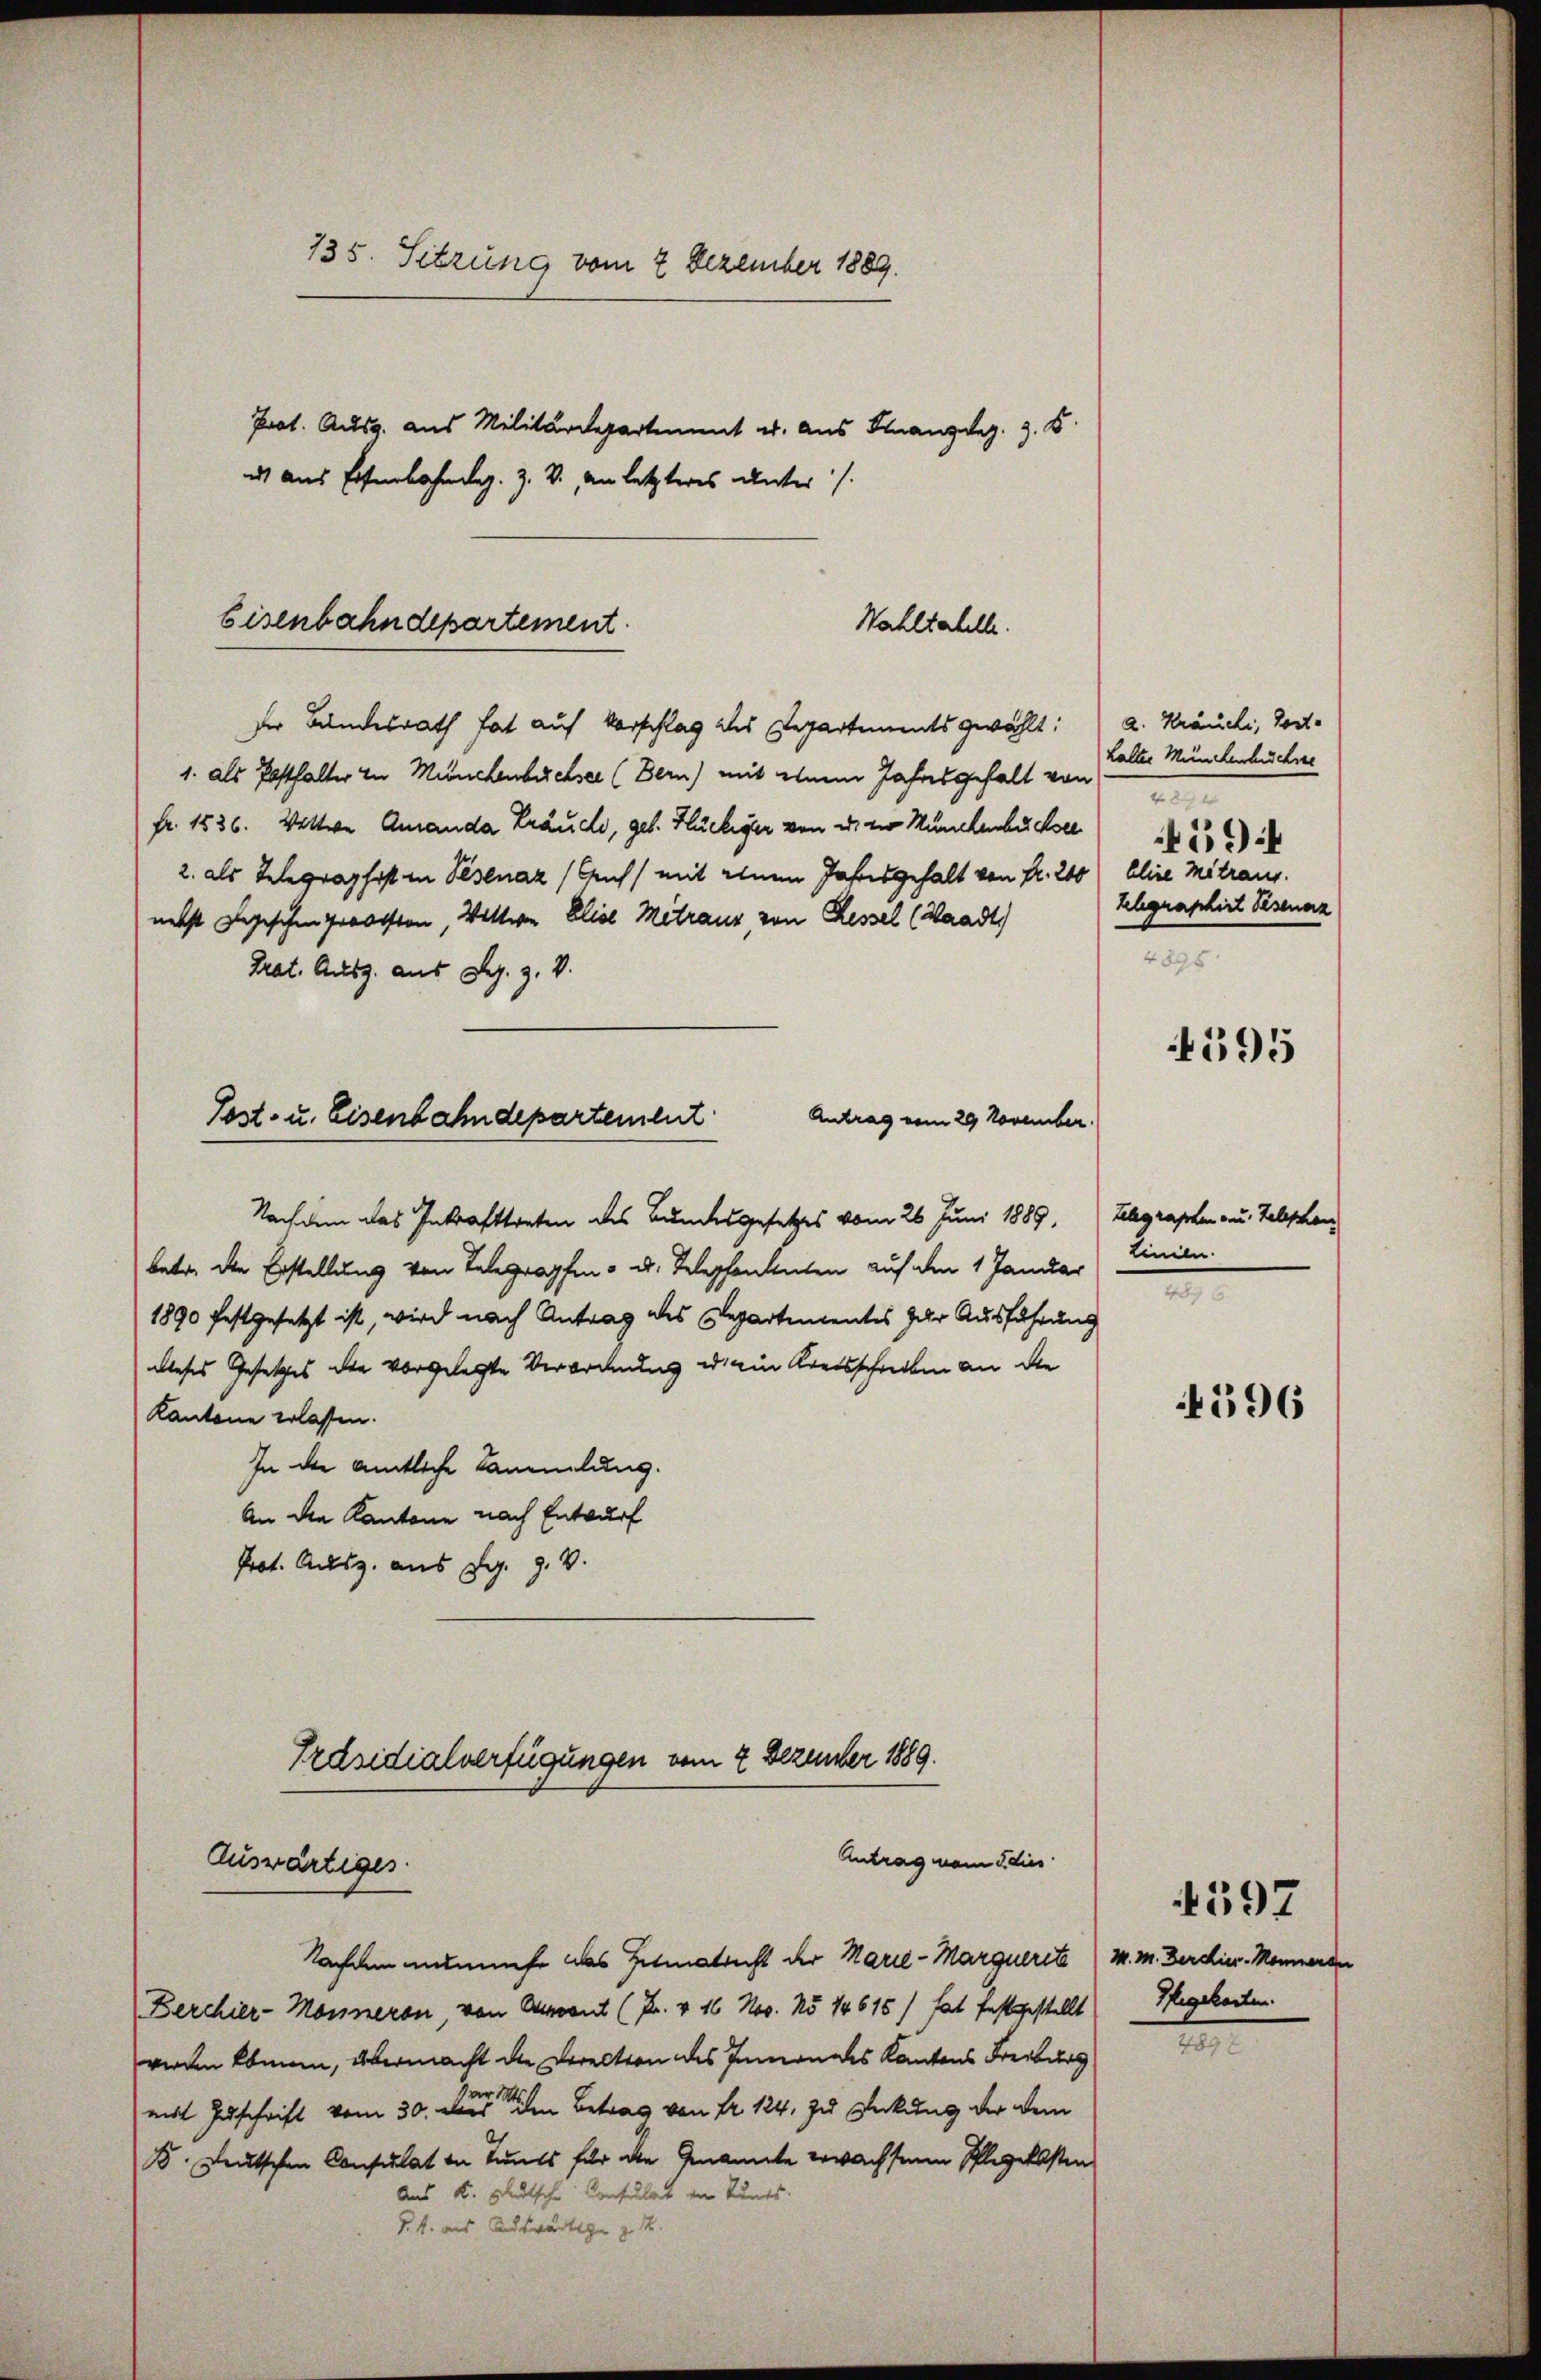
135. Sitzung vom 2 Dezember 1889.
Prot. Ausg. aus Militärdepartement u. aus Finanzdez. 9. B
es aus Eisenbahn lag. Z. V., an letzteres unter

Eisenbahndepartement
Wahltabelle.

der Bundesrath hat auf Vorschlag des Departements gewählt:
1. als Posthalter in Münchenbüchser (Bern) mit einem Jahresgehalt von
fr. 1536. Wittwe Amanda träuche, geb. Flückiger von u. zur Münchenbüchsel
2. als Telegraphist in Pisenaz (Ach) mit einen Jahresgehalt von Fr. 200 ( Elise Mitraus.
nebst Logischen grosston, Wittwe Elise Metraus, von Kessel (Waadt)
Trat. Ausz. aus S. z. V.
Antrag vom 29 November.
Nachdem das Inkrafttreten des Bundesgesetzes vom 26. Juni 1889,
betr. die Erstellung von Telegraphen - u. Telephantenten auf den 1 Januar
1890 festgesetzt ist, wird nach Antrag des Departementes zur Ausführung
dieses Gesetzes die vorgelegte Verordnung u. ein Kreisschreiben an die
Kantone erlassen.
In die amtliche Sammlung.
An die Kantone nach Entwurf
Prot. Ausz. aus Dr. J. V.
Präsidialverfügungen vom 2 Dezember 1889.
Antrag von dies
Auswärtiges.
Tacum auf das Heimatrecht der Marie-Marquerite
Berchier-Monneron, von Avant (Fr. v. 16 Nov. No 14615) hat festgestellt
werden Ebmann, übermacht die Direction des Innendes Kantons Freiburg
mit Zuschrift vom 30. Der Betrag von Fr. 124, zu Deckung der dem
B. deutschen Consulat in Tams für die Genannte erwachsene Pflegelbsten
Aus K. Blutsche Konsulat von Tunts.
§. 4. aus Auswärtige z. R.

Tost- u. Eisenbahndepartement

a. Kränichi, Post-
Lalter Münchenbücher

594
Telegraphirt Psenarz
4895.

4595

Telegraphen aus Telephan
Linien.
e

596

M. M. Berchier-Monneran
Pfegekarten.

4597

t